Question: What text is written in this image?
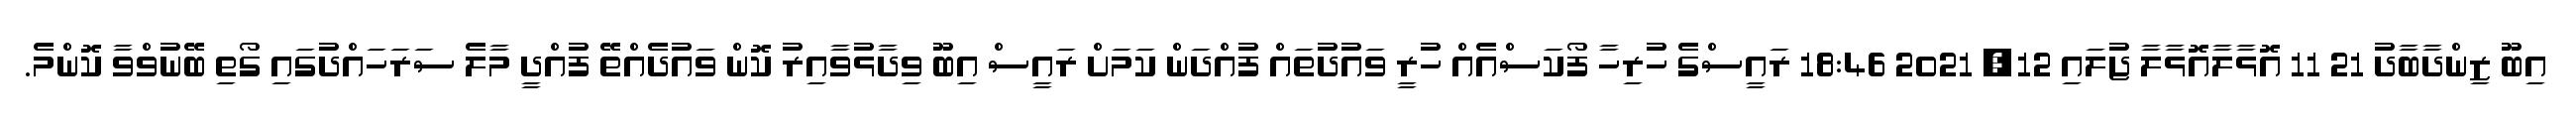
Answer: އިބޫ ޒިންދާބާދު 21 11 އޮޅާލާއޮޅާލާ ޖުލައި 12, 2021 18:46 ރައީސްގެ ހުރިހާ ފޯކަސްއެއް ހުރީ ވައުދުތައް ފުއްދަން ކަމަށް ރައީސް އިބޫ ވިދާޅުވާއިރު ކޮން ވައުދެއްތޭ ފުއްދީ މާލެ ސަރަހައްދުގައި ގޯތި ބޭނުވްވާ ކޮންމެ.